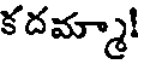
కదమ్మా!